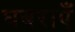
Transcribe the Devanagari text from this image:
घबराएँ